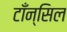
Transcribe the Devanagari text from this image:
टाँन्सिल